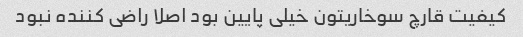
کیفیت قارچ سوخاریتون خیلی پایین بود اصلا راضی کننده نبود